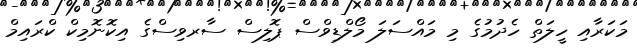
މަކަރާއި ހީލަތް ހެދުމުގެ މި މައްސަލަ މޯލްޑިވްސް ޕޮލިސް ސާރވިސްގެ އިކޮނޮމިކް ކްރައިމް